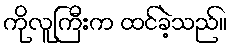
ကိုလူကြီးက ထင်ခဲ့သည်။